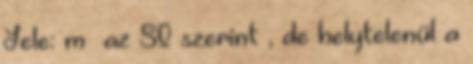
Jele: m² az SI szerint , de helytelenül a